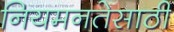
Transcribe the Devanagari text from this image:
नियमनतेसाठी